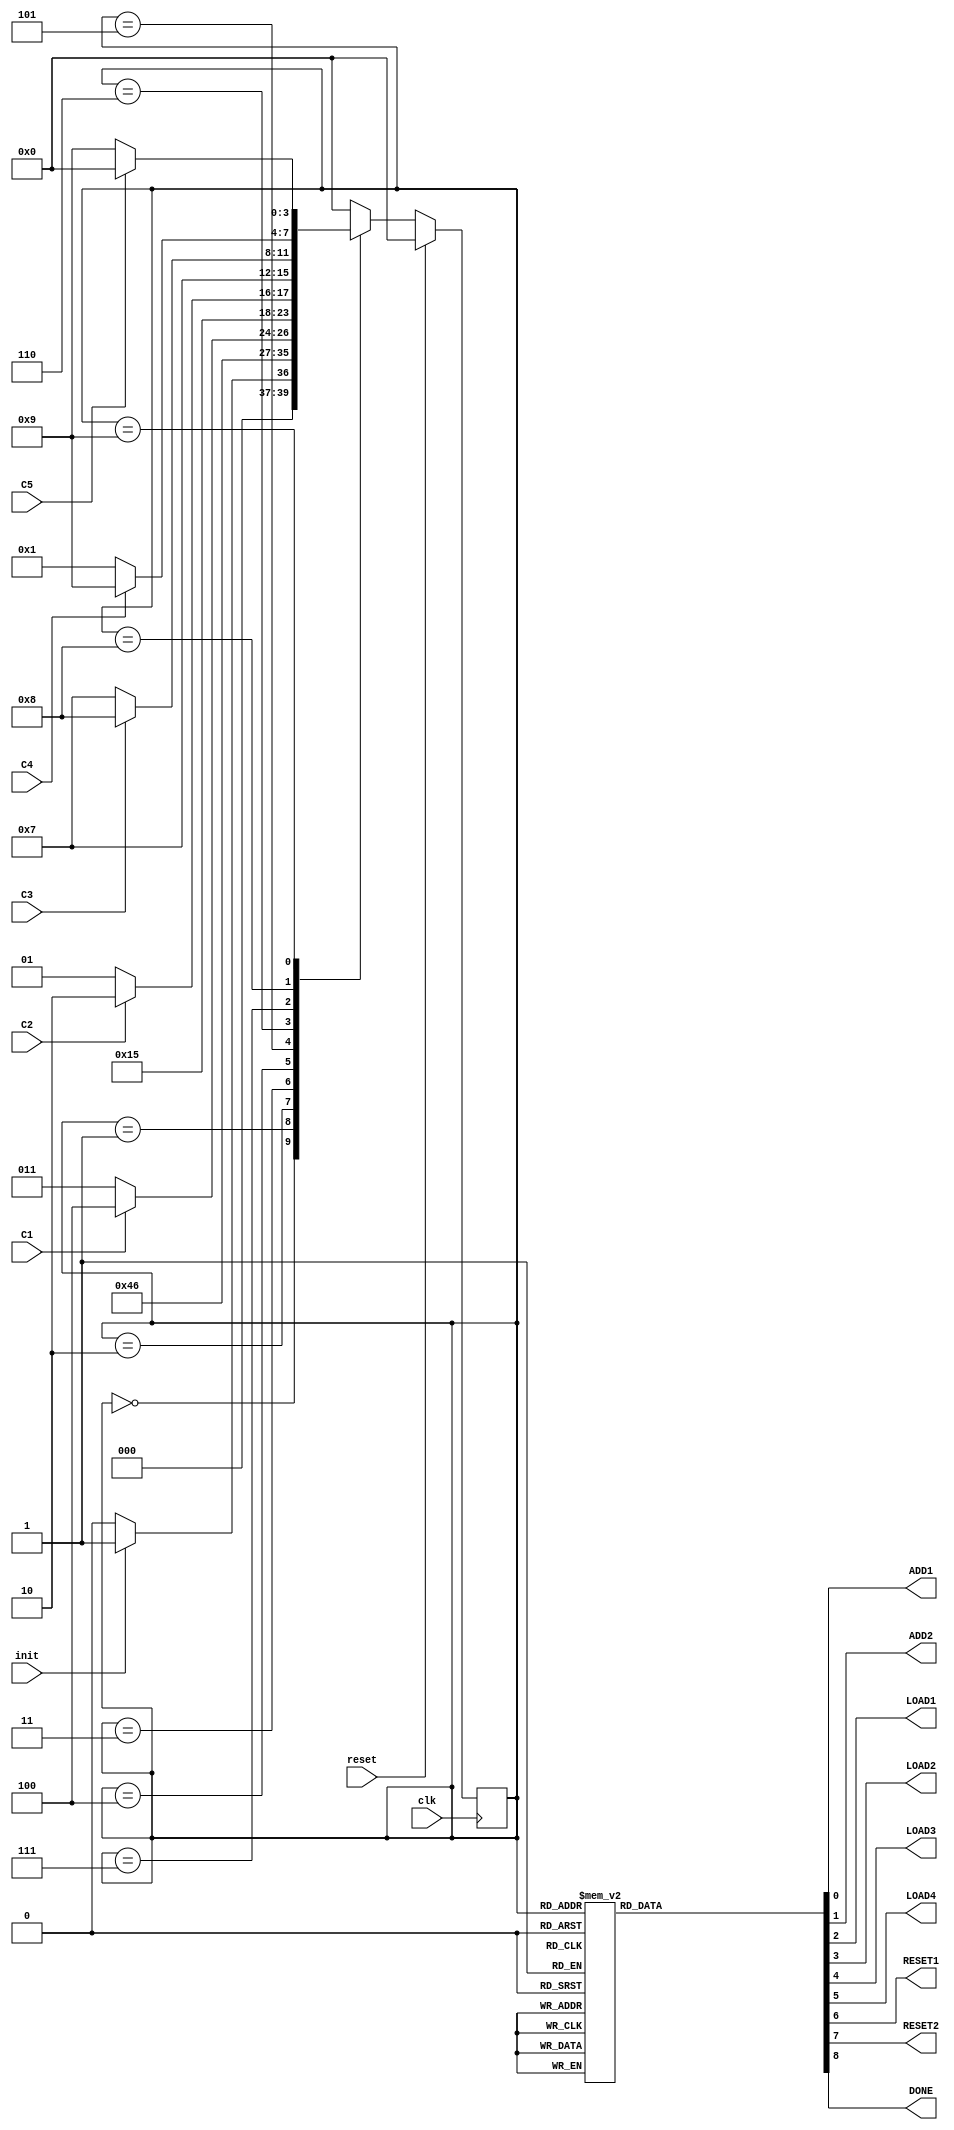
`timescale 1ns / 100ps

////aqui se definen las entradas y salidas que tendra la maquina de estados; siempre se tiene como entrada la seal de reloj clk/////////
module fsm_LCD(clk, init, reset, C1, C2, C3, C4, C5, ADD1, ADD2, LOAD1, LOAD2, LOAD3, LOAD4, RESET1, RESET2, DONE);


///////////entradas a la maquina de estaods (seales de control)////

input clk;
input init;
input reset;     //cambiado a =0;error:(   ESTO SEGURO ES DE FATHR.. PREGUNTARLE QUE ES
input C1;
input C2;
input C3;
input C4;
input C5;

reg [2:0] count = 0;


//salidas de la maquina de control; algunas de estas seales las recibe el datapath////

output reg ADD1; //estan dentro de un always, son reg (a la izqierda)
output reg ADD2;
output reg LOAD1;
output reg LOAD2;
output reg LOAD3;
output reg LOAD4;
output reg RESET1;
output reg RESET2;
output reg DONE;

////// AQUI SE DEFINEN LOS ESTADOS QUE SE TENDRAN


parameter INICIO = 4'b0000;
parameter ASIGNARINS = 4'b0001;
parameter ASIGNARDAT = 4'b0010;
parameter CONTADOR1 = 4'b0011;
parameter ACTIVARE = 4'b0100;
parameter CONTADOR2 = 4'b0101;
parameter DESACTIVARE = 4'b0110;
parameter CONTADOR3 = 4'b0111;
parameter CONTADORINS = 4'b1000;
parameter TERMINADO = 4'b1001;



reg[3:0] state;

initial begin

 ADD1=0; 
 ADD2=0;
 LOAD1=0;
 LOAD2=0;
 LOAD3=0;
 LOAD4=0;
 RESET1=1;
 RESET2=0;
 DONE=1;

end

always @(posedge clk) begin

   //este reset es UNA ENTRADA , es el reset general de todo  //( pues lleva al estado INCIO)
  if(reset) begin  
    state = INICIO;
  end 
  else begin
   case (state)
	
	 INICIO:begin
	  if(~init)
	    state = INICIO;
	  else
	    state = ASIGNARINS;
	 end
	 
	 ASIGNARINS:begin
           count=count+1;
	  if(count<3)        
	    state = ASIGNARINS;
	  else
            count=0;
	    state = ASIGNARDAT;
	 end
	 
	 ASIGNARDAT:begin
          count = count+1;
	  if(count<3)
	    state = ASIGNARDAT;
	  else
            count = 0;
	    state = CONTADOR1;
	 end
	 
	  CONTADOR1:begin
	  if(~C1)
	    state = CONTADOR1;
	  else
	    state = ACTIVARE;
	 end
	 
	  ACTIVARE:begin
	  count= count+1;	 
	  if(count<3)
	    state = ACTIVARE;
	  else
            count=0;
	    state = CONTADOR2;
	 end
	 
	 
	  CONTADOR2:begin
	  if(~C2)
	    state = CONTADOR2;
	  else
	    state = DESACTIVARE;
	 end
	 
	  DESACTIVARE:begin
          count=count+1;
	  if(count<3)
            state = DESACTIVARE;
          else
            count=0;
            state = CONTADOR3;
	 end
	 
	 CONTADOR3:begin
          if(~C3)
            state = CONTADOR3;
          else
            state = CONTADORINS;
	 end
	 
	 
	 CONTADORINS:begin       ///AQUI QUE SE HACE PRIMERO, LEER LA VARIABLE DE CONTROL O MODIFICAR LOS VALORES DE ADD1, ADD2, LOAD, ETC.
	  if(C4)
	    state = TERMINADO;
	  else
	    state = ASIGNARINS;
	 end
	 
	 TERMINADO:begin
	  if(~C5)
	    state = TERMINADO;
	  else
	    state = INICIO;
	 end
	 
	 default:state = INICIO;
	 
	endcase
  end
end



always @(state) begin

 case(state)
 
  INICIO:begin
	 ADD1=0; 
	 ADD2=0;
	 LOAD1=0;
	 LOAD2=0;
	 LOAD3=0;
	 LOAD4=0;
	 RESET1=1;
	 RESET2=0;
	 DONE=1;

	
  end
  
  ASIGNARINS:begin
	 ADD1=0; 
	 ADD2=0;
	 LOAD1=1;
	 LOAD2=0;
	 LOAD3=0;
	 LOAD4=0;
	 RESET1=0;
	 RESET2=0;
	 DONE=0;
	
end

  ASIGNARDAT:begin
	 ADD1=0; 
	 ADD2=0;
	 LOAD1=0;
	 LOAD2=1;
	 LOAD3=0;
	 LOAD4=0;
	 RESET1=0;
	 RESET2=0;
	 DONE=0;

end

 CONTADOR1:begin
	 ADD1=1; 
	 ADD2=0;
	 LOAD1=0;
	 LOAD2=0;
	 LOAD3=0;
	 LOAD4=0;
	 RESET1=0;
	 RESET2=0;
	 DONE=0;
	
end

 ACTIVARE:begin
	 ADD1=0; 
	 ADD2=0;
	 LOAD1=0;
	 LOAD2=0;
	 LOAD3=1;
	 LOAD4=0;
	 RESET1=1;
	 RESET2=0;
	 DONE=0;
	
end

 CONTADOR2:begin
	 ADD1=1; 
	 ADD2=0;
	 LOAD1=0;
	 LOAD2=0;
	 LOAD3=0;
	 LOAD4=0;
	 RESET1=0;
	 RESET2=0;
	 DONE=0;
	
end

 DESACTIVARE:begin
	 ADD1=0; 
	 ADD2=0;
	 LOAD1=0;
	 LOAD2=0;
	 LOAD3=0;
	 LOAD4=1;
	 RESET1=1;
	 RESET2=0;
	 DONE=0;
	
end

 CONTADOR3:begin
	 ADD1=1; 
	 ADD2=0;
	 LOAD1=0;
	 LOAD2=0;
	 LOAD3=0;
	 LOAD4=0;
	 RESET1=0;
	 RESET2=0;
	 DONE=0;
	
end

 CONTADORINS:begin
	 ADD1=0; 
	 ADD2=1;
	 LOAD1=0;
	 LOAD2=0;
	 LOAD3=0;
	 LOAD4=0;
	 RESET1=1;
	 RESET2=0;
	 DONE=0;

end

 TERMINADO:begin
	 ADD1=1; 
	 ADD2=0;
	 LOAD1=0;
	 LOAD2=0;
	 LOAD3=0;
	 LOAD4=0;
	 RESET1=0;
	 RESET2=1;
	 DONE=1;
end
    
  
  default:begin
	 ADD1=0; 
	 ADD2=0;
	 LOAD1=0;
	 LOAD2=0;
	 LOAD3=0;
	 LOAD4=0;
	 RESET1=1;
	 RESET2=1;
	 DONE=0;
	
  end
  
  
  
 endcase
end


endmodule